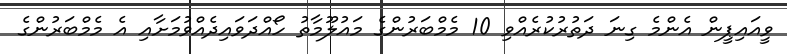
ވީއައިޕީން އެންމެ ގިނަ ދަތުރުކުރެއްވި 10 މެމްބަރުންގެ މައުލޫމާތު ހޯއްދަވައިދެއްވުމަށާއި އެ މެމްބަރުންގެ